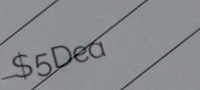
$5Deal